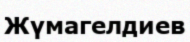
Жүмагелдиев